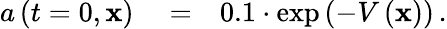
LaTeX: \begin{array}{rlr}{a\left(t=0,\mathbf{x}\right)}&{{}=}&{0.1\cdot\exp\left(-V\left(\mathbf{x}\right)\right)\, .}\end{array}